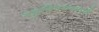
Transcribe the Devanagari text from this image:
बहुविषयव्यापी